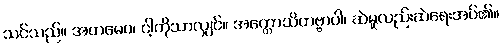
သင်သည်။ အဟမေဝ၊ ငါ့ကိုသာလျှင်။ အက္ကောသိတဗ္ဗာဝါ၊ ဆဲမူလည်းဆဲရေးအပ်၏။